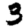
Digit: 3